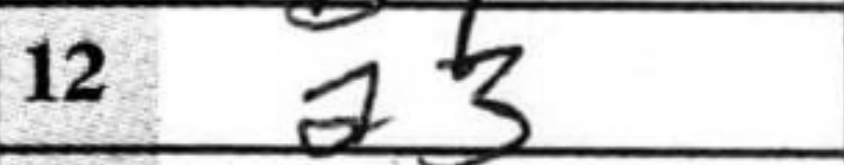
Transcription: a3